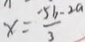
x = \frac { - 5 b - 2 a } { 3 }